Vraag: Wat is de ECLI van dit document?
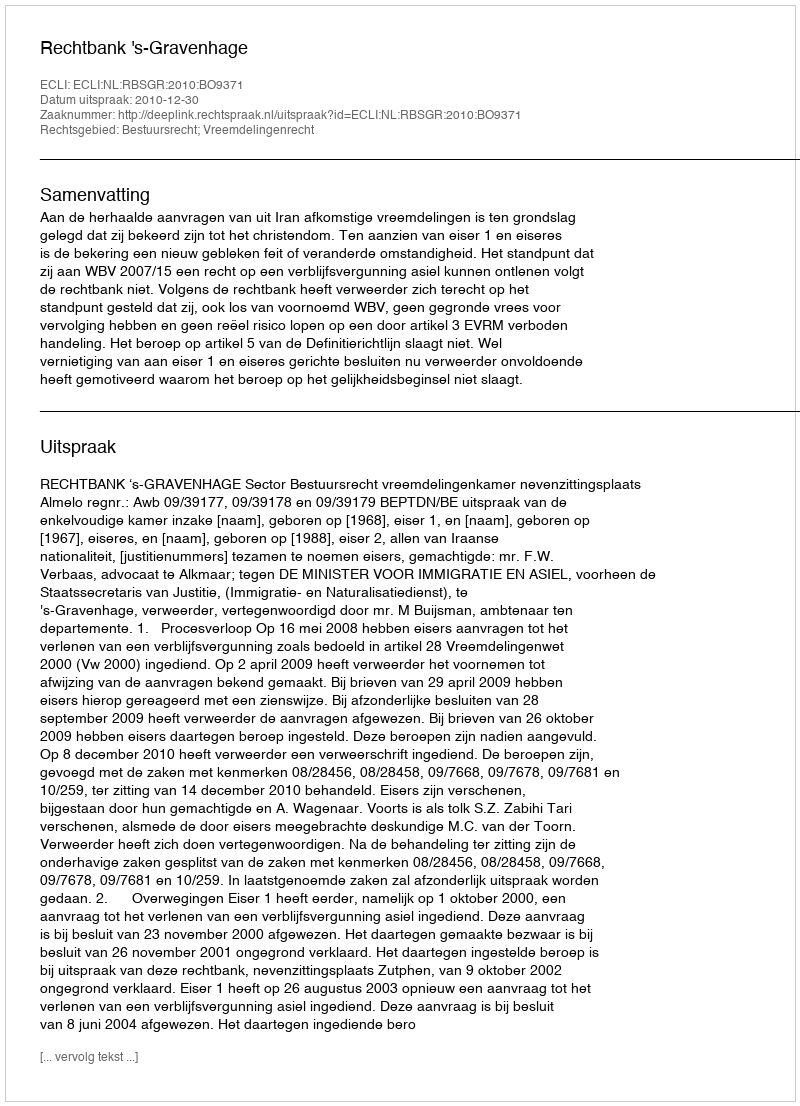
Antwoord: ECLI:NL:RBSGR:2010:BO9371